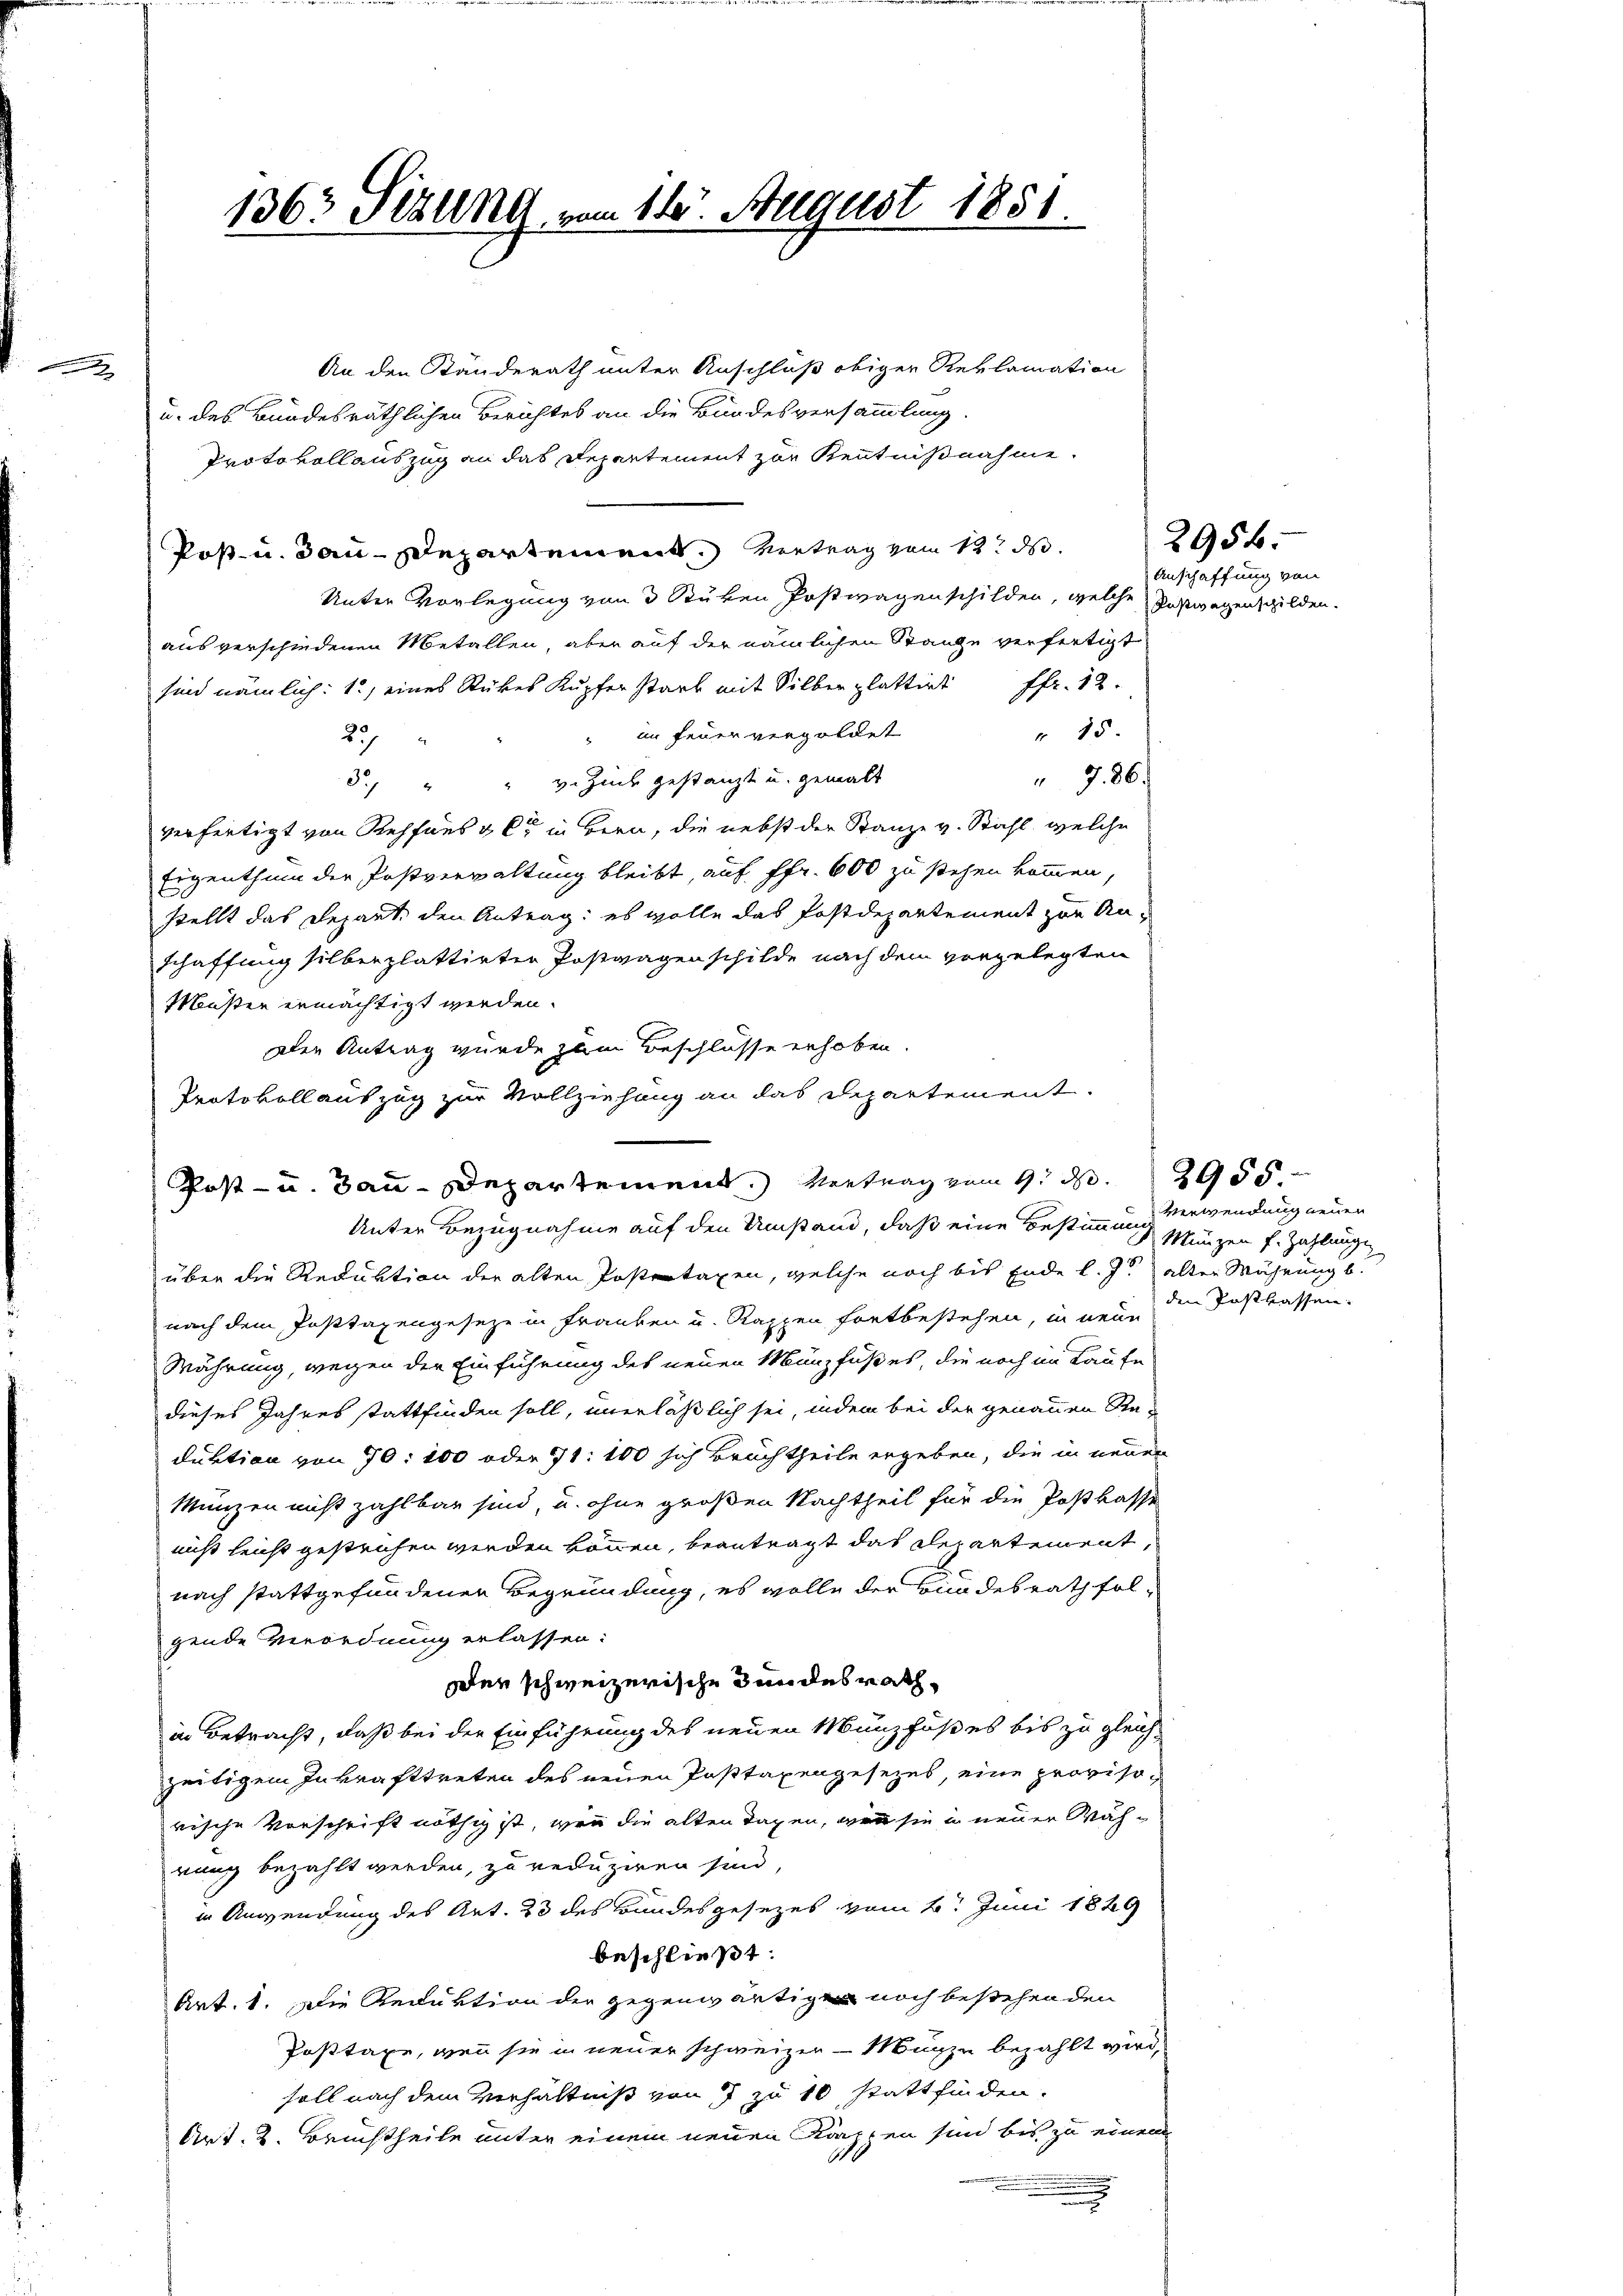
F

1363 Sekung vom 14. August 1851.

An den Ständerath unter Anschluß obiger Reklamation
u. des Bundesräthlichen Berichtes an die Bundesversammlung
Protokollauszug an das Departement zur Kenntnißnahme.
Post- u. Bau-Departement. Vertrag vom 12. d.
Unter Vorlegung von 3 Stüken Postwagenschilden, welche Postwagenschilden.
aus verschiedenen Metallen, aber auf der nämlichen Stange verfertigt
sind nämlich: 1) eines Rückes Kupfer starb mit Silberplattirt fr. 12.
" 15.
" im Feuer vergoldet
227
" 7. 86.
5. " " v. Zucke gestanzt und gemalt
verfertigt von Rehfnes & Cie in Bern, die nebst der Stanze v. Stahl, welche
Eigenthum der Postverwaltung bleibt, auf ffr. 600 zu stehen kommen
stellt das Depart, den Antrag: es wolle das Postdepartement zur Anschaffung silberplattirten Postwagen schilde nach dem vorgelegten
Muster ermächtigt werden.
Der Antrag wurde zum Beschlüsse erhoben.
Protokoll auszug zur Vollziehung an das Departement.
Post- u. Bau-Departement. Vertrag vom 9. d. 2955.
Unter Bezugnahme auf den Umstand, daß eine Bestimmung Verwendung neuen
über die Reduktion der alten Postentaxen, welche noch bis Ende l. J. alten Währung b
nach dem Posttaxengeseze in Franken u. Rappen fortbestehen, in neue
Währung, wegen der Einführung des neuen Münzfußes, die noch im Laufe
dieses Jahres stattfinden soll, unerläßlich sei, indem bei der genauen Re-
duktion von 70: 100 oder 71: 100 sich Bruchtheile ergeben, die in neuen
Münzen nicht zahlbar sind, u. ohne großen Nachtheil für die Postkasse
nicht leicht gestrichen werden können, beantragt das Repartement,
nach stattgefundenen Begründung, es wolle der Bundesrath folgende Verordnung erlassen:
Der schweizerische Bundesrath,
in Betracht, daß bei der Einführung des neuen Münzfußes bis zu gleichzeitigem Inkrafttreten des neuen Posttaxengesezes, eine provisorische Vorschrift nöthig ist, wenn die alten Tagen, wie sie in neuer Währung bezahlt werden, zu reduziren sind,
in Anwendung des Art. 23 des Bundesgesezes vom 6. Juni 1829
beschließt:
Art. 1. Die Reduktion der gegenwärtigen noch bestehenden
Posttaxe, wenn sie in neuer schweizer - Münze bezahlt wird,
soll nach dem Verhältniß von 7 zu 10 stattfinden.
Art. 2. Bruchtheile unter einem neuen Kärppen sind bis zu einem
n

Anschaffung von

2956.

Münzen fr. Zahlung
den Postkassen.